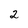
Character: 2